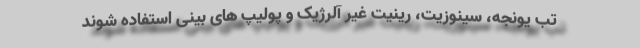
تب یونجه، سینوزیت، رینیت غیر آلرژیک و پولیپ های بینی استفاده شوند